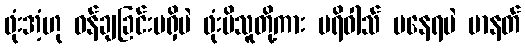
ဖုံးအံ့ဟု ဝန်ချခြင်းမရှိပဲ ဖုံးမိသူတို့ကား ပရိဝါသ် မနေရပဲ မာနတ်